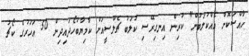
ހާއްސަކޮށް އެއްކުލަބުން" ކުރިން އިނގިރޭސި ކުލަބު ޗެލްސީއަށް ކާމިޔާބުހޯދައިދިން 50 އަހަރުގެ ކޯޗު